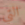
التي